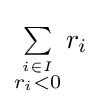
\textstyle \sum \limits _{\stackrel {i\in I}{r_{i}<0}}r_{i}